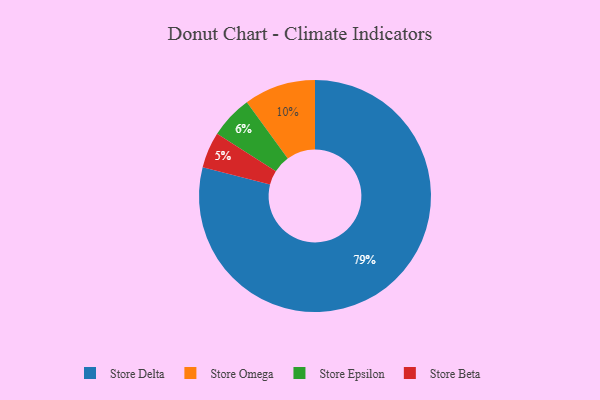
{"axis": {"x": "Category", "y": "Percentage"}, "legend": ["Store Beta", "Store Delta", "Store Epsilon", "Store Omega"], "data": [{"x": "Store Omega", "y": 10, "type": "Store Omega"}, {"x": "Store Delta", "y": 79, "type": "Store Delta"}, {"x": "Store Epsilon", "y": 6, "type": "Store Epsilon"}, {"x": "Store Beta", "y": 5, "type": "Store Beta"}]}